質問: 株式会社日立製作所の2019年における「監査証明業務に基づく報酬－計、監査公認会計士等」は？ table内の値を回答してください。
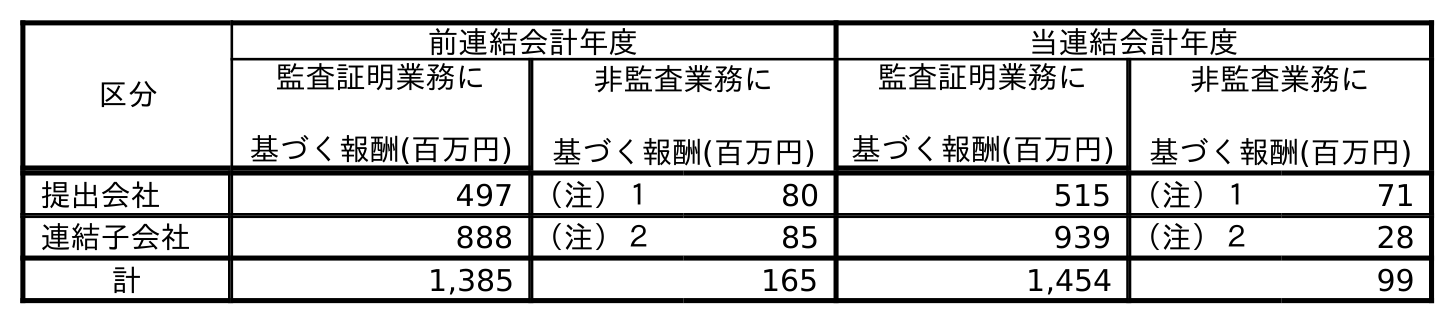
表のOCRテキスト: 区分 前連結会計年度 当連結会計年度 監査証明業務に 基づく報酬(百万円) 非監査業務に 基づく報酬(百万円) 監査証明業務に 基づく報酬(百万円) 非監査業務に 基づく報酬(百万円) 提出会社 497 （注）１ 80 515 （注）１ 71 連結子会社 888 （注）２ 85 939 （注）２ 28 計 1,385 165 1,454 99
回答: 1,385